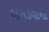
બગડવાના